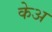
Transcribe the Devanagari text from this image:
केअ